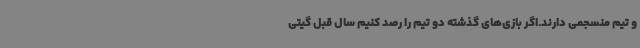
و تیم منسجمی دارند.اگر بازی‌های گذشته دو تیم را رصد کنیم سال قبل گیتی